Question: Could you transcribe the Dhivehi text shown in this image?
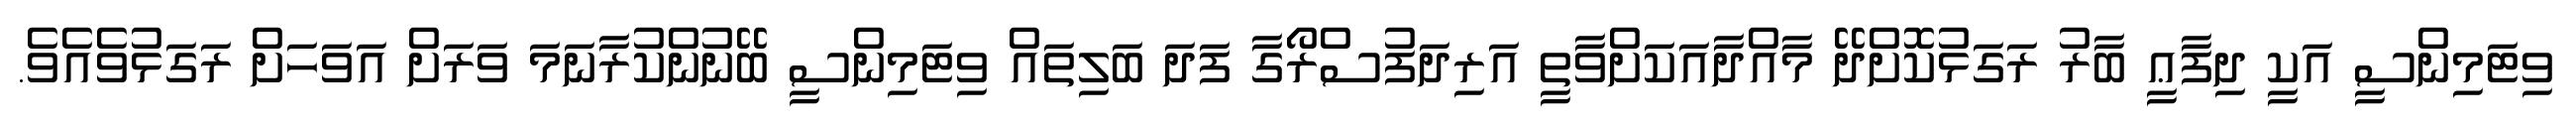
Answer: ވިޓަމިންސީ އަކީ ދިފާޢީ ބާރު ރަގަޅުކޮށްދޭ މާއްދާއަކަށްވާތީ އަރިދަފުސްރޯގާ ފަދަ ބަލިތައް ވިޓަމިންސީ ބޭނުންކުރާނަމަ ވަރަށް އަވަހަށް ރަގަޅުވެއެވެ.